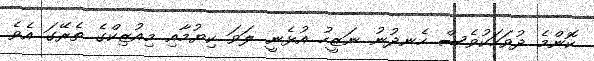
ކޮންމެ ދުވަހަކުވެސް ހެނދުނު ނަޒީހު އުޅެނީ ލަވަ ކިޔުމާއި މިއުޒިކްގެ ތެރޭގަ އެވެ.